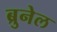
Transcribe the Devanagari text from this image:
ब्रुनेल